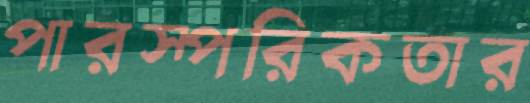
পারস্পরিকতার